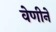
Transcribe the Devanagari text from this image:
वेणीने